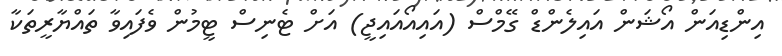
އިންޑިއަން އޯޝަން އައިލެންޑް ގޭމްސް (އައިއޯއައިޖީ) އަށް ޓެނިސް ޓީމުން ވެފައިވާ ތައްޔާރީތަކާ